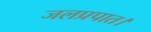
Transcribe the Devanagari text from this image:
जलप्रपात।